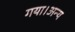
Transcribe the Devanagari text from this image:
गया।अन्य